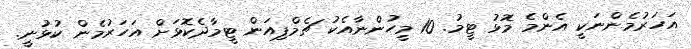
އަހަރުމެންނަކީ އެންމެ މޮޅު ޓީމު. 10 މީހުންނާއެކު ޗެމްޕިއަން ޓީމާދެކޮޅަށް އަހަރުމެން ކުޅުނީ.